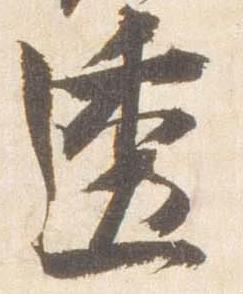
透